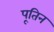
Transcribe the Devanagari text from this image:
पूतिन